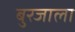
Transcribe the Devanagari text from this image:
बुरजाला